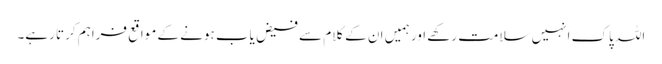
اللہ پاک انہیں سلامت رکھے اور ہمیں ان کے کلام سے فیض یاب ہونے کے مواقع فراہم کرتا رہے۔